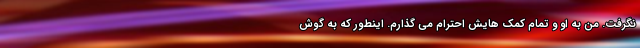
نگرفت. من به او و تمام کمک هایش احترام می گذارم. اینطور که به گوش